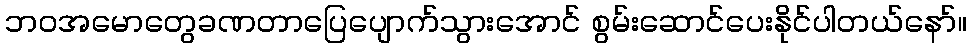
ဘဝအမောတွေခဏတာပြေပျောက်သွားအောင် စွမ်းဆောင်ပေးနိုင်ပါတယ်နော်။